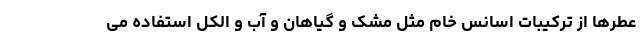
عطرها از ترکیبات اسانس خام مثل مشک و گیاهان و آب و الکل استفاده می